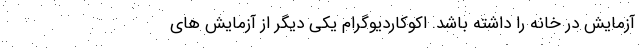
آزمایش در خانه را داشته باشد. اکوکاردیوگرام یکی دیگر از آزمایش های